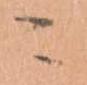
ニ